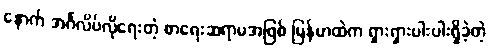
နောက် အင်္ဂလိပ်လိုရေးတဲ့ စာရေးဆရာမအဖြစ် မြန်မာထဲက ရှားရှားပါးပါးရှိခဲ့တဲ့